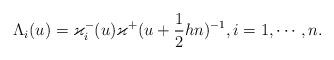
LaTeX: \begin{align*}\Lambda_{i}(u)=\varkappa_{i}^{-}(u)\varkappa^{+}(u+\frac{1}{2}hn)^{-1},i=1,\cdots,n.\end{align*}